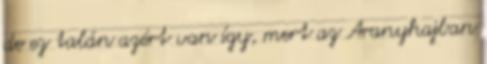
de ez talán azért van így, mert az Aranyhajban